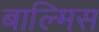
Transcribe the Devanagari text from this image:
बाल्मिस